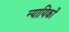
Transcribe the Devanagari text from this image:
न्यायिकों